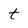
Character: t